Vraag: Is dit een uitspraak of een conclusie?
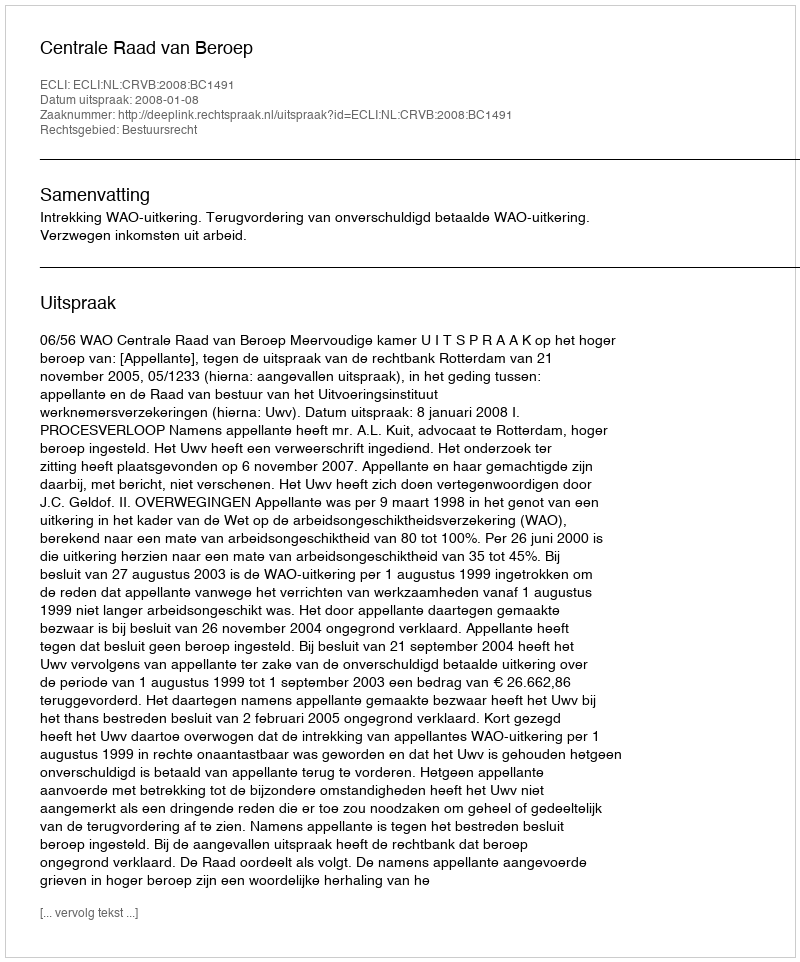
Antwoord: Uitspraak